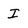
Character: i